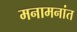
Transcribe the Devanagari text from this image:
मनामनांत